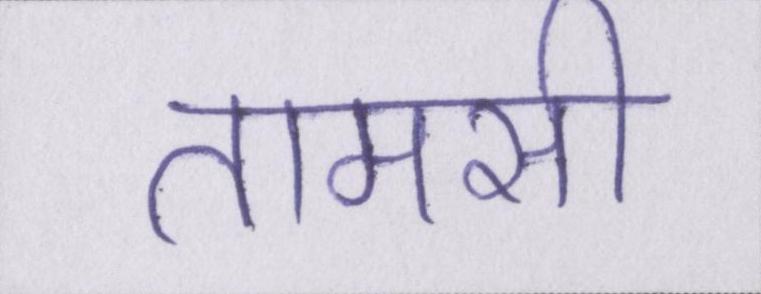
तामसी